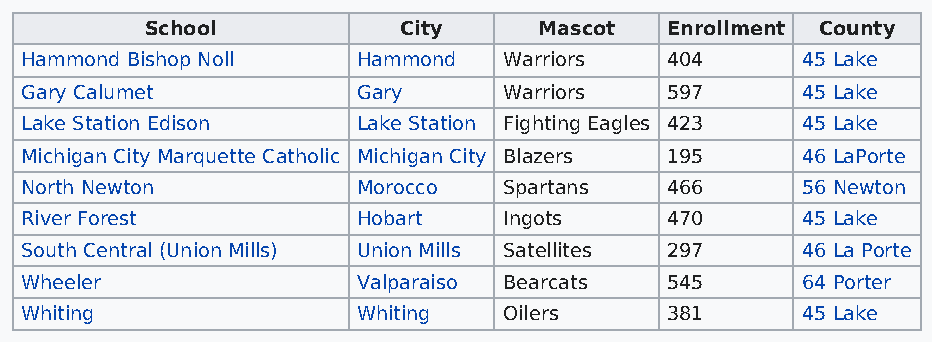
School          City      Mascot  Enrollment County
 Hammond Bishop Noll    Hammond  Warriors   404      45 Lake
 Gary Calumet           Gary     Warriors   597      45 Lake
 Lake Station Edison    Lake Station Fighting Eagles 423 45 Lake
 Michigan City Marquette Catholic Michigan City Blazers 195 46 LaPorte
 North Newton           Morocco  Spartans   466      56 Newton
 River Forest           Hobart   Ingots     470      45 Lake
 South Central (Union Mills) Union Mills Satellites 297 46 La Porte
 Wheeler                Valparaiso Bearcats 545      64 Porter
 Whiting                Whiting  Oilers     381      45 Lake